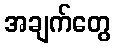
အချက်တွေ